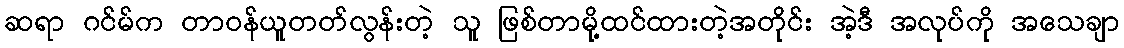
ဆရာ ဂင်မ်က တာဝန်ယူတတ်လွန်းတဲ့ သူ ဖြစ်တာမို့ထင်ထားတဲ့အတိုင်း အဲ့ဒီ အလုပ်ကို အသေချာ